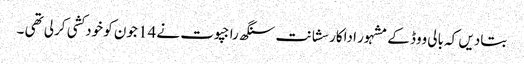
بتادیں کہ بالی ووڈ کے مشہور اداکار سشانت سنگھ راجپوت نے 14 جون کو خودکشی کرلی تھی ۔